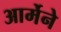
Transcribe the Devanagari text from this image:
आर्मेने